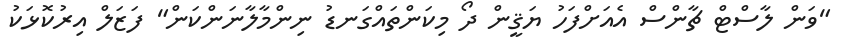
"ވަން ލާސްޓް ޗާންސް އެއަށްފަހު ޔަޤީން ދޯ މިކަންތައްގަނޑު ނިންމާލާނަންކަން" ފަޒަލް އިރުކޮޅަކު